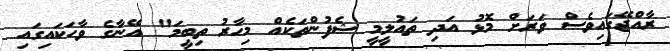
ރާއްޖޭގައިވެސް ވަރަށް މޮޅު އަދި ތައުލީމީ ޝެފުންތަކެއް މިހާރު ތިިބީމަ" އޭނާގެ ވާހަކައިގައި